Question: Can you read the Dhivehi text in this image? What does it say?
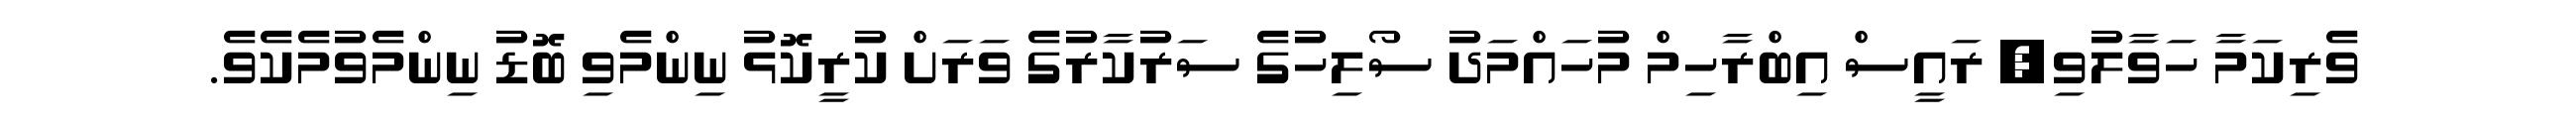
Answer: ވެރިކަމާ ހަވާލުވި, ރައީސް އިބްރާހިމް މުހައްމަދު ސޯލިހުގެ ސަރުކާރުގެ ވަރަށް ކުރީކޮޅު ނިންމެވި ބޮޑު ނިންމެވުމެކެވެ.